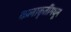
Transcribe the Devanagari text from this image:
कलाकृतींमधून